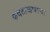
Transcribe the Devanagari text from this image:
कवटाळणाऱ्या